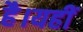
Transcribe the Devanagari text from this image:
है।यहीं